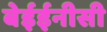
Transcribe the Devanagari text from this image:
बेईईनीसी